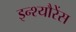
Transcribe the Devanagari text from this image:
इन्श्यौरेंस